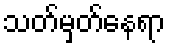
သတ်မှတ်နေရာ